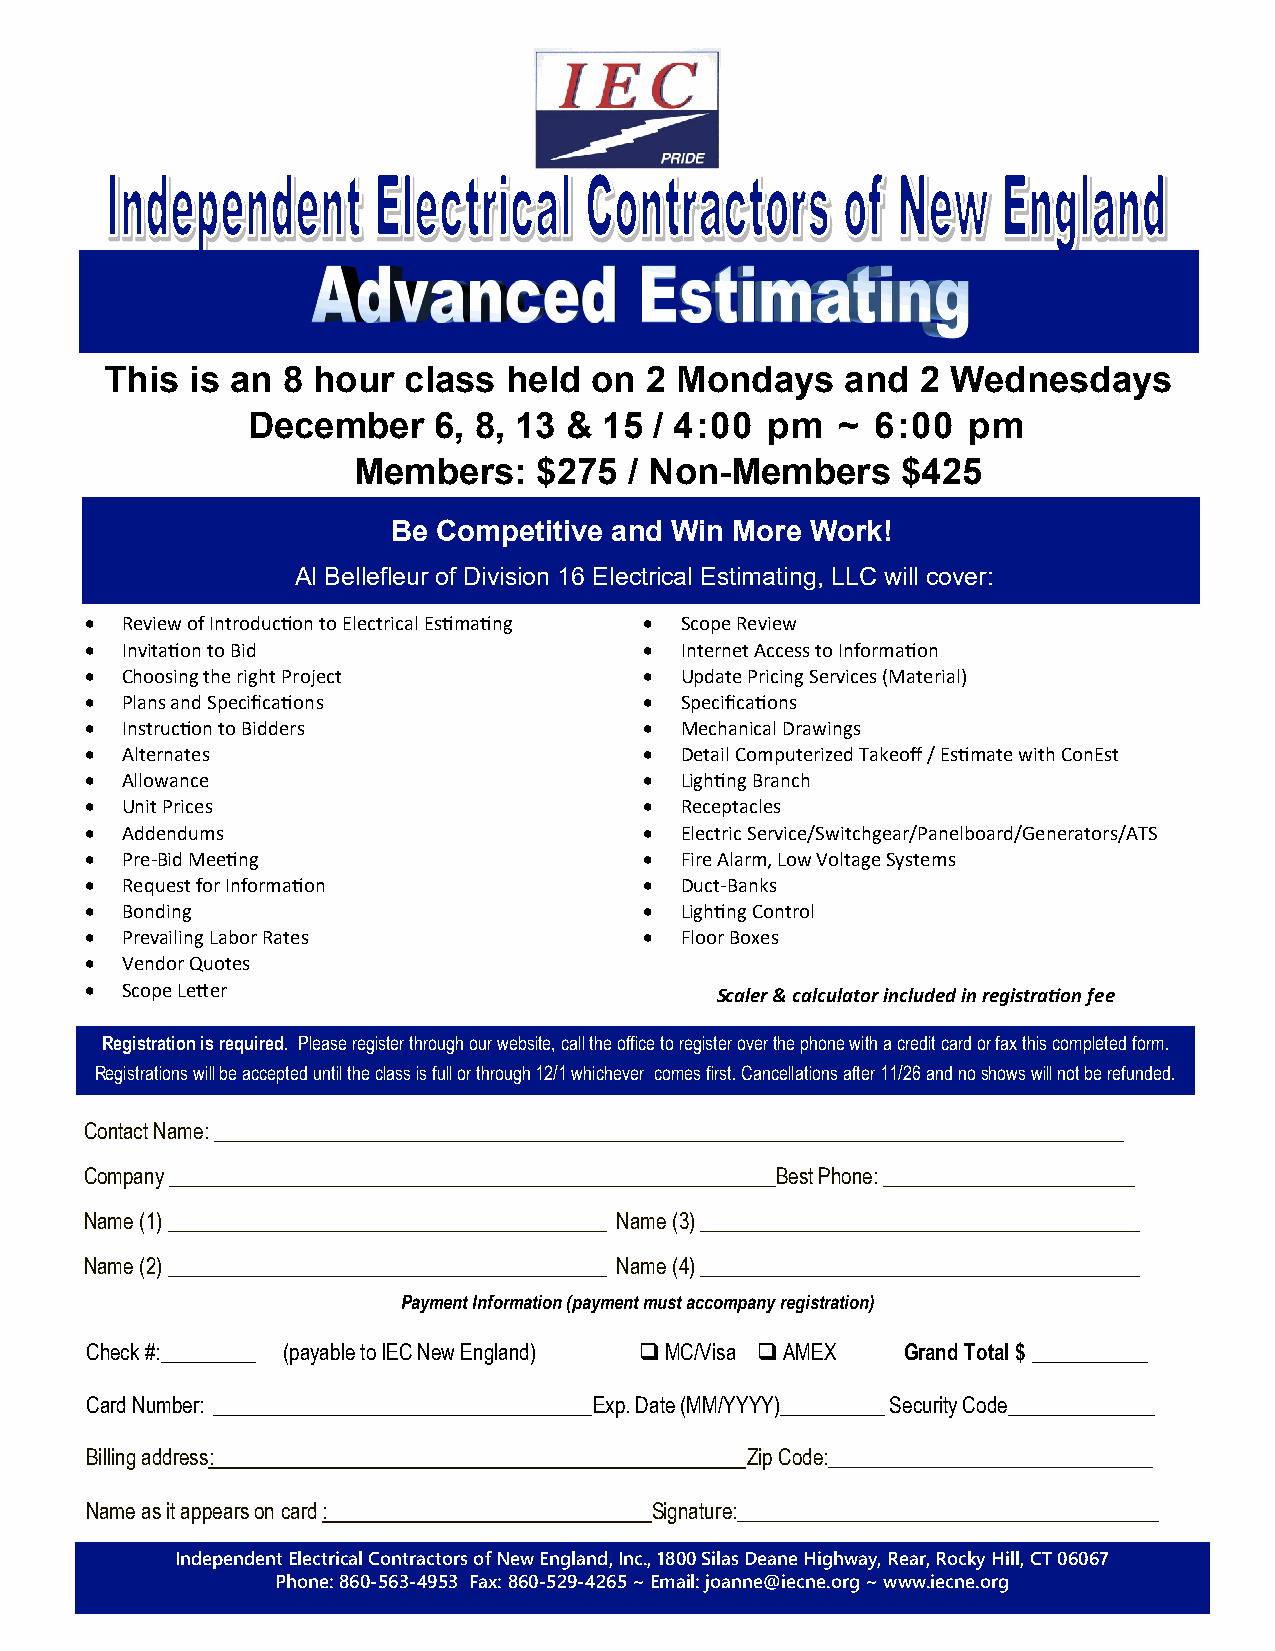
This  is an 8 hour  class  held on  2 Mondays    and  2 Wednesdays
 December     6, 8, 13 & 15 / 4:00  pm   ~ 6:00  pm
 Members:     $275  / Non-Members     $425
 Be Competitive and Win More Work!
 Al Bellefleur of Division 16 Electrical Estimating, LLC will cover:
 • Review of Introduction to Electrical Estimating • Scope Review
 • Invitation to Bid                  • Internet Access to Information
 • Choosing the right Project         • Update Pricing Services (Material)
 • Plans and Specifications           • Specifications
 • Instruction to Bidders             • Mechanical Drawings
 • Alternates                         • Detail Computerized Takeoff / Estimate with ConEst
 • Allowance                          • Lighting Branch
 • Unit Prices                        • Receptacles
 • Addendums                          • Electric Service/Switchgear/Panelboard/Generators/ATS
 • Pre-Bid Meeting                    • Fire Alarm, Low Voltage Systems
 • Request for Information            • Duct-Banks
 • Bonding                            • Lighting Control
 • Prevailing Labor Rates             • Floor Boxes
 • Vendor Quotes
 • Scope Letter                           Scaler & calculator included in registration fee
 Registration is required. Please register through our website, call the office to register over the phone with a credit card or fax this completed form.
 Registrations will be accepted until the class is full or through 12/1 whichever comes first. Cancellations after 11/26 and no shows will not be refunded.
 Contact Name: _______________________________________________________________________________________
 Company __________________________________________________________Best Phone: ________________________
 Name (1) __________________________________________ Name (3) __________________________________________
 Name (2) __________________________________________ Name (4) __________________________________________
 Payment Information (payment must accompany registration)
 Check #: _________ (payable to IEC New England) ❑ MC/Visa ❑ AMEX Grand Total $ ___________
 Card Number: ____________________________________ Exp. Date (MM/YYYY)__________ Security Code______________
 Billing address:                           Zip Code:_______________________________
 Name as it appears on card :         Signature:_____________________________________
 Independent Electrical Contractors of New England, Inc., 1800 Silas Deane Highway, Rear, Rocky Hill, CT 06067
 Phone: 860-563-4953 Fax: 860-529-4265 ~ Email: joanne@iecne.org ~ www.iecne.org